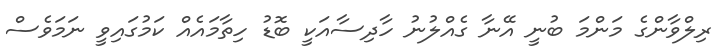
ރިލްވާންގެ މަންމަ ބުނީ އޭނާ ގެއްލުނު ހާދިސާއަކީ ބޮޑު ހިތާމައެއް ކަމުގައިވީ ނަމަވެސް